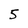
Character: 5